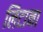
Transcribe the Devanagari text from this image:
लिटाना